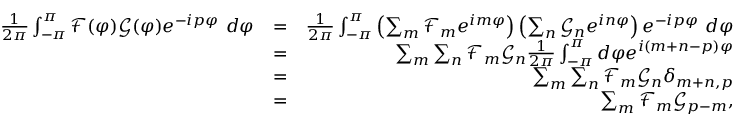
\begin{array} { r l r } { \frac { 1 } { 2 \pi } \int _ { - \pi } ^ { \pi } \mathcal { F } ( \varphi ) \mathcal { G } ( \varphi ) e ^ { - i p \varphi } \ d \varphi } & { = } & { \frac { 1 } { 2 \pi } \int _ { - \pi } ^ { \pi } \left( \sum _ { m } \mathcal { F } _ { m } e ^ { i m \varphi } \right) \left( \sum _ { n } \mathcal { G } _ { n } e ^ { i n \varphi } \right) e ^ { - i p \varphi } \ d \varphi } \\ & { = } & { \sum _ { m } \sum _ { n } \mathcal { F } _ { m } \mathcal { G } _ { n } \frac { 1 } { 2 \pi } \int _ { - \pi } ^ { \pi } d \varphi e ^ { i ( m + n - p ) \varphi } } \\ & { = } & { \sum _ { m } \sum _ { n } \mathcal { F } _ { m } \mathcal { G } _ { n } \delta _ { m + n , p } } \\ & { = } & { \sum _ { m } \mathcal { F } _ { m } \mathcal { G } _ { p - m } , } \end{array}